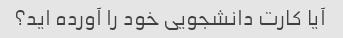
آیا کارت دانشجویی خود را آورده اید؟